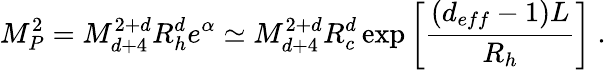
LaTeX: M_{P}^{2}=M_{d+4}^{2+d}R_{h}^{d}e^{\alpha}\simeq M_{d+4}^{2+d}R_{c}^{d}\exp\left[\frac{(d_{eff}-1)L}{R_{h}}\right]\ .